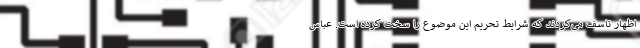
اظهار تاسف می‌کردند که شرایط تحریم این موضوع را سخت کرده است. عباس